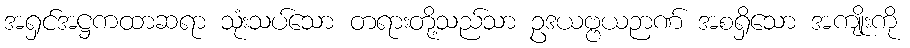
အရှင်အဋ္ဌကထာဆရာ သုံးသပ်သော တရားတို့သည်သာ ဥဒယဗ္ဗယဉာဏ် အစရှိသော အကျိုးကို